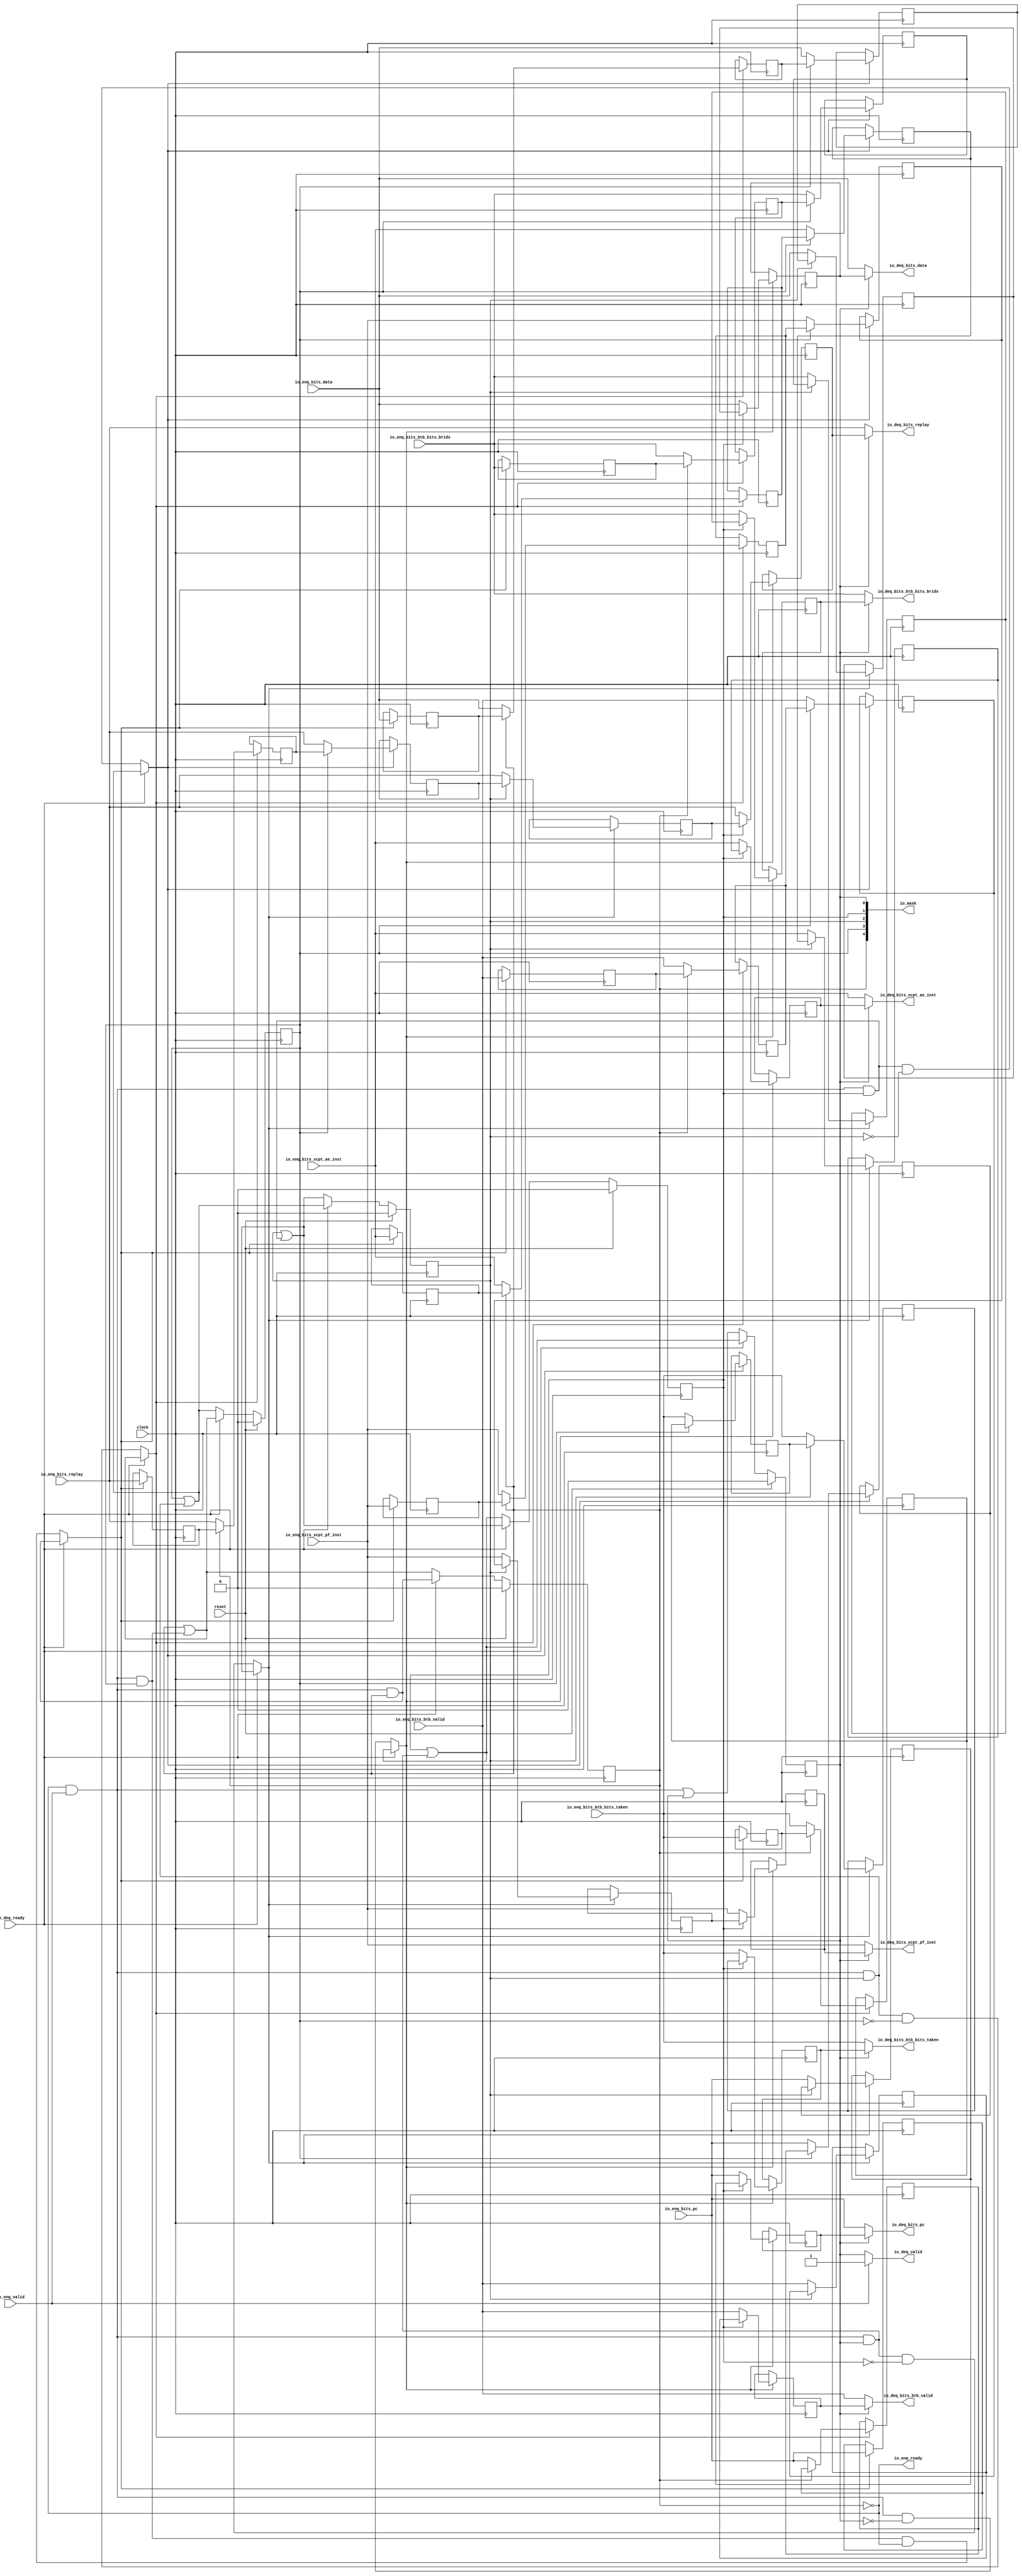
// Copyright (c) 2017, Microsemi Corporation
// All rights reserved.
//
// Redistribution and use in source and binary forms, with or without
// modification, are permitted provided that the following conditions are met:
//     * Redistributions of source code must retain the above copyright
//       notice, this list of conditions and the following disclaimer.
//     * Redistributions in binary form must reproduce the above copyright
//       notice, this list of conditions and the following disclaimer in the
//       documentation and/or other materials provided with the distribution.
//     * Neither the name of the <organization> nor the
//       names of its contributors may be used to endorse or promote products
//       derived from this software without specific prior written permission.
//
// THIS SOFTWARE IS PROVIDED BY THE COPYRIGHT HOLDERS AND CONTRIBUTORS "AS IS" AND
// ANY EXPRESS OR IMPLIED WARRANTIES, INCLUDING, BUT NOT LIMITED TO, THE IMPLIED
// WARRANTIES OF MERCHANTABILITY AND FITNESS FOR A PARTICULAR PURPOSE ARE
// DISCLAIMED. IN NO EVENT SHALL MICROSEMI CORPORATIONM BE LIABLE FOR ANY
// DIRECT, INDIRECT, INCIDENTAL, SPECIAL, EXEMPLARY, OR CONSEQUENTIAL DAMAGES
// (INCLUDING, BUT NOT LIMITED TO, PROCUREMENT OF SUBSTITUTE GOODS OR SERVICES;
// LOSS OF USE, DATA, OR PROFITS; OR BUSINESS INTERRUPTION) HOWEVER CAUSED AND
// ON ANY THEORY OF LIABILITY, WHETHER IN CONTRACT, STRICT LIABILITY, OR TORT
// (INCLUDING NEGLIGENCE OR OTHERWISE) ARISING IN ANY WAY OUT OF THE USE OF THIS
// SOFTWARE, EVEN IF ADVISED OF THE POSSIBILITY OF SUCH DAMAGE.
//
// APACHE LICENSE
// Copyright (c) 2017, Microsemi Corporation 
//
// Licensed under the Apache License, Version 2.0 (the "License");
// you may not use this file except in compliance with the License.
// You may obtain a copy of the License at
//
//    http://www.apache.org/licenses/LICENSE-2.0
//
// Unless required by applicable law or agreed to in writing, software
// distributed under the License is distributed on an "AS IS" BASIS,
// WITHOUT WARRANTIES OR CONDITIONS OF ANY KIND, either express or implied.
// See the License for the specific language governing permissions and
// limitations under the License.
//
// Description:
//
// SVN Revision Information:
// SVN $Revision: $
// SVN $Date: $
//
// Resolved SARs
// SAR      Date     Who   Description
//
// Notes:
//
// ****************************************************************************/
`define RANDOMIZE
`timescale 1ns/10ps
module PROC_SUBSYSTEM_MIV_RV32IMA_L1_AHB_1_MIV_RV32IMA_L1_AHB_SHIFT_QUEUE(
  input         clock,
  input         reset,
  output        io_enq_ready,
  input         io_enq_valid,
  input         io_enq_bits_btb_valid,
  input         io_enq_bits_btb_bits_taken,
  input         io_enq_bits_btb_bits_bridx,
  input  [31:0] io_enq_bits_pc,
  input  [31:0] io_enq_bits_data,
  input         io_enq_bits_xcpt_pf_inst,
  input         io_enq_bits_xcpt_ae_inst,
  input         io_enq_bits_replay,
  input         io_deq_ready,
  output        io_deq_valid,
  output        io_deq_bits_btb_valid,
  output        io_deq_bits_btb_bits_taken,
  output        io_deq_bits_btb_bits_bridx,
  output [31:0] io_deq_bits_pc,
  output [31:0] io_deq_bits_data,
  output        io_deq_bits_xcpt_pf_inst,
  output        io_deq_bits_xcpt_ae_inst,
  output        io_deq_bits_replay,
  output [4:0]  io_mask
);
  reg  valid_0;
  reg [31:0] _RAND_0;
  reg  valid_1;
  reg [31:0] _RAND_1;
  reg  valid_2;
  reg [31:0] _RAND_2;
  reg  valid_3;
  reg [31:0] _RAND_3;
  reg  valid_4;
  reg [31:0] _RAND_4;
  reg  elts_0_btb_valid;
  reg [31:0] _RAND_5;
  reg  elts_0_btb_bits_taken;
  reg [31:0] _RAND_6;
  reg  elts_0_btb_bits_bridx;
  reg [31:0] _RAND_7;
  reg [31:0] elts_0_pc;
  reg [31:0] _RAND_8;
  reg [31:0] elts_0_data;
  reg [31:0] _RAND_9;
  reg  elts_0_xcpt_pf_inst;
  reg [31:0] _RAND_10;
  reg  elts_0_xcpt_ae_inst;
  reg [31:0] _RAND_11;
  reg  elts_0_replay;
  reg [31:0] _RAND_12;
  reg  elts_1_btb_valid;
  reg [31:0] _RAND_13;
  reg  elts_1_btb_bits_taken;
  reg [31:0] _RAND_14;
  reg  elts_1_btb_bits_bridx;
  reg [31:0] _RAND_15;
  reg [31:0] elts_1_pc;
  reg [31:0] _RAND_16;
  reg [31:0] elts_1_data;
  reg [31:0] _RAND_17;
  reg  elts_1_xcpt_pf_inst;
  reg [31:0] _RAND_18;
  reg  elts_1_xcpt_ae_inst;
  reg [31:0] _RAND_19;
  reg  elts_1_replay;
  reg [31:0] _RAND_20;
  reg  elts_2_btb_valid;
  reg [31:0] _RAND_21;
  reg  elts_2_btb_bits_taken;
  reg [31:0] _RAND_22;
  reg  elts_2_btb_bits_bridx;
  reg [31:0] _RAND_23;
  reg [31:0] elts_2_pc;
  reg [31:0] _RAND_24;
  reg [31:0] elts_2_data;
  reg [31:0] _RAND_25;
  reg  elts_2_xcpt_pf_inst;
  reg [31:0] _RAND_26;
  reg  elts_2_xcpt_ae_inst;
  reg [31:0] _RAND_27;
  reg  elts_2_replay;
  reg [31:0] _RAND_28;
  reg  elts_3_btb_valid;
  reg [31:0] _RAND_29;
  reg  elts_3_btb_bits_taken;
  reg [31:0] _RAND_30;
  reg  elts_3_btb_bits_bridx;
  reg [31:0] _RAND_31;
  reg [31:0] elts_3_pc;
  reg [31:0] _RAND_32;
  reg [31:0] elts_3_data;
  reg [31:0] _RAND_33;
  reg  elts_3_xcpt_pf_inst;
  reg [31:0] _RAND_34;
  reg  elts_3_xcpt_ae_inst;
  reg [31:0] _RAND_35;
  reg  elts_3_replay;
  reg [31:0] _RAND_36;
  reg  elts_4_btb_valid;
  reg [31:0] _RAND_37;
  reg  elts_4_btb_bits_taken;
  reg [31:0] _RAND_38;
  reg  elts_4_btb_bits_bridx;
  reg [31:0] _RAND_39;
  reg [31:0] elts_4_pc;
  reg [31:0] _RAND_40;
  reg [31:0] elts_4_data;
  reg [31:0] _RAND_41;
  reg  elts_4_xcpt_pf_inst;
  reg [31:0] _RAND_42;
  reg  elts_4_xcpt_ae_inst;
  reg [31:0] _RAND_43;
  reg  elts_4_replay;
  reg [31:0] _RAND_44;
  wire  _T_143_btb_valid;
  wire  _T_143_btb_bits_taken;
  wire  _T_143_btb_bits_bridx;
  wire [31:0] _T_143_pc;
  wire [31:0] _T_143_data;
  wire  _T_143_xcpt_pf_inst;
  wire  _T_143_xcpt_ae_inst;
  wire  _T_143_replay;
  wire  _T_147;
  wire  _T_148;
  wire  _T_149;
  wire  _T_154;
  wire  _T_155;
  wire  _T_156;
  wire  _GEN_0;
  wire  _GEN_2;
  wire  _GEN_4;
  wire [31:0] _GEN_10;
  wire [31:0] _GEN_11;
  wire  _GEN_13;
  wire  _GEN_14;
  wire  _GEN_15;
  wire  _T_165;
  wire  _T_166;
  wire  _T_167_btb_valid;
  wire  _T_167_btb_bits_taken;
  wire  _T_167_btb_bits_bridx;
  wire [31:0] _T_167_pc;
  wire [31:0] _T_167_data;
  wire  _T_167_xcpt_pf_inst;
  wire  _T_167_xcpt_ae_inst;
  wire  _T_167_replay;
  wire  _T_172;
  wire  _T_173;
  wire  _T_177;
  wire  _T_178;
  wire  _T_179;
  wire  _GEN_16;
  wire  _GEN_18;
  wire  _GEN_20;
  wire [31:0] _GEN_26;
  wire [31:0] _GEN_27;
  wire  _GEN_29;
  wire  _GEN_30;
  wire  _GEN_31;
  wire  _T_187;
  wire  _T_188;
  wire  _T_189_btb_valid;
  wire  _T_189_btb_bits_taken;
  wire  _T_189_btb_bits_bridx;
  wire [31:0] _T_189_pc;
  wire [31:0] _T_189_data;
  wire  _T_189_xcpt_pf_inst;
  wire  _T_189_xcpt_ae_inst;
  wire  _T_189_replay;
  wire  _T_194;
  wire  _T_195;
  wire  _T_199;
  wire  _T_200;
  wire  _T_201;
  wire  _GEN_32;
  wire  _GEN_34;
  wire  _GEN_36;
  wire [31:0] _GEN_42;
  wire [31:0] _GEN_43;
  wire  _GEN_45;
  wire  _GEN_46;
  wire  _GEN_47;
  wire  _T_209;
  wire  _T_210;
  wire  _T_211_btb_valid;
  wire  _T_211_btb_bits_taken;
  wire  _T_211_btb_bits_bridx;
  wire [31:0] _T_211_pc;
  wire [31:0] _T_211_data;
  wire  _T_211_xcpt_pf_inst;
  wire  _T_211_xcpt_ae_inst;
  wire  _T_211_replay;
  wire  _T_216;
  wire  _T_217;
  wire  _T_221;
  wire  _T_222;
  wire  _T_223;
  wire  _GEN_48;
  wire  _GEN_50;
  wire  _GEN_52;
  wire [31:0] _GEN_58;
  wire [31:0] _GEN_59;
  wire  _GEN_61;
  wire  _GEN_62;
  wire  _GEN_63;
  wire  _T_231;
  wire  _T_232;
  wire  _T_235;
  wire  _T_240;
  wire  _T_241;
  wire  _T_242;
  wire  _GEN_64;
  wire  _GEN_66;
  wire  _GEN_68;
  wire [31:0] _GEN_74;
  wire [31:0] _GEN_75;
  wire  _GEN_77;
  wire  _GEN_78;
  wire  _GEN_79;
  wire  _T_251;
  wire  _T_252;
  wire  _GEN_80;
  wire  _GEN_81;
  wire  _GEN_83;
  wire  _GEN_85;
  wire [31:0] _GEN_91;
  wire [31:0] _GEN_92;
  wire  _GEN_94;
  wire  _GEN_95;
  wire  _GEN_96;
  wire [1:0] _T_258;
  wire [1:0] _T_259;
  wire [2:0] _T_260;
  wire [4:0] _T_261;
  assign io_enq_ready = _T_240;
  assign io_deq_valid = _GEN_80;
  assign io_deq_bits_btb_valid = _GEN_81;
  assign io_deq_bits_btb_bits_taken = _GEN_83;
  assign io_deq_bits_btb_bits_bridx = _GEN_85;
  assign io_deq_bits_pc = _GEN_91;
  assign io_deq_bits_data = _GEN_92;
  assign io_deq_bits_xcpt_pf_inst = _GEN_94;
  assign io_deq_bits_xcpt_ae_inst = _GEN_95;
  assign io_deq_bits_replay = _GEN_96;
  assign io_mask = _T_261;
  assign _T_143_btb_valid = valid_1 ? elts_1_btb_valid : io_enq_bits_btb_valid;
  assign _T_143_btb_bits_taken = valid_1 ? elts_1_btb_bits_taken : io_enq_bits_btb_bits_taken;
  assign _T_143_btb_bits_bridx = valid_1 ? elts_1_btb_bits_bridx : io_enq_bits_btb_bits_bridx;
  assign _T_143_pc = valid_1 ? elts_1_pc : io_enq_bits_pc;
  assign _T_143_data = valid_1 ? elts_1_data : io_enq_bits_data;
  assign _T_143_xcpt_pf_inst = valid_1 ? elts_1_xcpt_pf_inst : io_enq_bits_xcpt_pf_inst;
  assign _T_143_xcpt_ae_inst = valid_1 ? elts_1_xcpt_ae_inst : io_enq_bits_xcpt_ae_inst;
  assign _T_143_replay = valid_1 ? elts_1_replay : io_enq_bits_replay;
  assign _T_147 = io_enq_ready & io_enq_valid;
  assign _T_148 = _T_147 & valid_0;
  assign _T_149 = valid_1 | _T_148;
  assign _T_154 = valid_0 == 1'h0;
  assign _T_155 = _T_147 & _T_154;
  assign _T_156 = io_deq_ready ? _T_149 : _T_155;
  assign _GEN_0 = _T_156 ? _T_143_btb_valid : elts_0_btb_valid;
  assign _GEN_2 = _T_156 ? _T_143_btb_bits_taken : elts_0_btb_bits_taken;
  assign _GEN_4 = _T_156 ? _T_143_btb_bits_bridx : elts_0_btb_bits_bridx;
  assign _GEN_10 = _T_156 ? _T_143_pc : elts_0_pc;
  assign _GEN_11 = _T_156 ? _T_143_data : elts_0_data;
  assign _GEN_13 = _T_156 ? _T_143_xcpt_pf_inst : elts_0_xcpt_pf_inst;
  assign _GEN_14 = _T_156 ? _T_143_xcpt_ae_inst : elts_0_xcpt_ae_inst;
  assign _GEN_15 = _T_156 ? _T_143_replay : elts_0_replay;
  assign _T_165 = _T_147 | valid_0;
  assign _T_166 = io_deq_ready ? _T_149 : _T_165;
  assign _T_167_btb_valid = valid_2 ? elts_2_btb_valid : io_enq_bits_btb_valid;
  assign _T_167_btb_bits_taken = valid_2 ? elts_2_btb_bits_taken : io_enq_bits_btb_bits_taken;
  assign _T_167_btb_bits_bridx = valid_2 ? elts_2_btb_bits_bridx : io_enq_bits_btb_bits_bridx;
  assign _T_167_pc = valid_2 ? elts_2_pc : io_enq_bits_pc;
  assign _T_167_data = valid_2 ? elts_2_data : io_enq_bits_data;
  assign _T_167_xcpt_pf_inst = valid_2 ? elts_2_xcpt_pf_inst : io_enq_bits_xcpt_pf_inst;
  assign _T_167_xcpt_ae_inst = valid_2 ? elts_2_xcpt_ae_inst : io_enq_bits_xcpt_ae_inst;
  assign _T_167_replay = valid_2 ? elts_2_replay : io_enq_bits_replay;
  assign _T_172 = _T_147 & valid_1;
  assign _T_173 = valid_2 | _T_172;
  assign _T_177 = valid_1 == 1'h0;
  assign _T_178 = _T_148 & _T_177;
  assign _T_179 = io_deq_ready ? _T_173 : _T_178;
  assign _GEN_16 = _T_179 ? _T_167_btb_valid : elts_1_btb_valid;
  assign _GEN_18 = _T_179 ? _T_167_btb_bits_taken : elts_1_btb_bits_taken;
  assign _GEN_20 = _T_179 ? _T_167_btb_bits_bridx : elts_1_btb_bits_bridx;
  assign _GEN_26 = _T_179 ? _T_167_pc : elts_1_pc;
  assign _GEN_27 = _T_179 ? _T_167_data : elts_1_data;
  assign _GEN_29 = _T_179 ? _T_167_xcpt_pf_inst : elts_1_xcpt_pf_inst;
  assign _GEN_30 = _T_179 ? _T_167_xcpt_ae_inst : elts_1_xcpt_ae_inst;
  assign _GEN_31 = _T_179 ? _T_167_replay : elts_1_replay;
  assign _T_187 = _T_148 | valid_1;
  assign _T_188 = io_deq_ready ? _T_173 : _T_187;
  assign _T_189_btb_valid = valid_3 ? elts_3_btb_valid : io_enq_bits_btb_valid;
  assign _T_189_btb_bits_taken = valid_3 ? elts_3_btb_bits_taken : io_enq_bits_btb_bits_taken;
  assign _T_189_btb_bits_bridx = valid_3 ? elts_3_btb_bits_bridx : io_enq_bits_btb_bits_bridx;
  assign _T_189_pc = valid_3 ? elts_3_pc : io_enq_bits_pc;
  assign _T_189_data = valid_3 ? elts_3_data : io_enq_bits_data;
  assign _T_189_xcpt_pf_inst = valid_3 ? elts_3_xcpt_pf_inst : io_enq_bits_xcpt_pf_inst;
  assign _T_189_xcpt_ae_inst = valid_3 ? elts_3_xcpt_ae_inst : io_enq_bits_xcpt_ae_inst;
  assign _T_189_replay = valid_3 ? elts_3_replay : io_enq_bits_replay;
  assign _T_194 = _T_147 & valid_2;
  assign _T_195 = valid_3 | _T_194;
  assign _T_199 = valid_2 == 1'h0;
  assign _T_200 = _T_172 & _T_199;
  assign _T_201 = io_deq_ready ? _T_195 : _T_200;
  assign _GEN_32 = _T_201 ? _T_189_btb_valid : elts_2_btb_valid;
  assign _GEN_34 = _T_201 ? _T_189_btb_bits_taken : elts_2_btb_bits_taken;
  assign _GEN_36 = _T_201 ? _T_189_btb_bits_bridx : elts_2_btb_bits_bridx;
  assign _GEN_42 = _T_201 ? _T_189_pc : elts_2_pc;
  assign _GEN_43 = _T_201 ? _T_189_data : elts_2_data;
  assign _GEN_45 = _T_201 ? _T_189_xcpt_pf_inst : elts_2_xcpt_pf_inst;
  assign _GEN_46 = _T_201 ? _T_189_xcpt_ae_inst : elts_2_xcpt_ae_inst;
  assign _GEN_47 = _T_201 ? _T_189_replay : elts_2_replay;
  assign _T_209 = _T_172 | valid_2;
  assign _T_210 = io_deq_ready ? _T_195 : _T_209;
  assign _T_211_btb_valid = valid_4 ? elts_4_btb_valid : io_enq_bits_btb_valid;
  assign _T_211_btb_bits_taken = valid_4 ? elts_4_btb_bits_taken : io_enq_bits_btb_bits_taken;
  assign _T_211_btb_bits_bridx = valid_4 ? elts_4_btb_bits_bridx : io_enq_bits_btb_bits_bridx;
  assign _T_211_pc = valid_4 ? elts_4_pc : io_enq_bits_pc;
  assign _T_211_data = valid_4 ? elts_4_data : io_enq_bits_data;
  assign _T_211_xcpt_pf_inst = valid_4 ? elts_4_xcpt_pf_inst : io_enq_bits_xcpt_pf_inst;
  assign _T_211_xcpt_ae_inst = valid_4 ? elts_4_xcpt_ae_inst : io_enq_bits_xcpt_ae_inst;
  assign _T_211_replay = valid_4 ? elts_4_replay : io_enq_bits_replay;
  assign _T_216 = _T_147 & valid_3;
  assign _T_217 = valid_4 | _T_216;
  assign _T_221 = valid_3 == 1'h0;
  assign _T_222 = _T_194 & _T_221;
  assign _T_223 = io_deq_ready ? _T_217 : _T_222;
  assign _GEN_48 = _T_223 ? _T_211_btb_valid : elts_3_btb_valid;
  assign _GEN_50 = _T_223 ? _T_211_btb_bits_taken : elts_3_btb_bits_taken;
  assign _GEN_52 = _T_223 ? _T_211_btb_bits_bridx : elts_3_btb_bits_bridx;
  assign _GEN_58 = _T_223 ? _T_211_pc : elts_3_pc;
  assign _GEN_59 = _T_223 ? _T_211_data : elts_3_data;
  assign _GEN_61 = _T_223 ? _T_211_xcpt_pf_inst : elts_3_xcpt_pf_inst;
  assign _GEN_62 = _T_223 ? _T_211_xcpt_ae_inst : elts_3_xcpt_ae_inst;
  assign _GEN_63 = _T_223 ? _T_211_replay : elts_3_replay;
  assign _T_231 = _T_194 | valid_3;
  assign _T_232 = io_deq_ready ? _T_217 : _T_231;
  assign _T_235 = _T_147 & valid_4;
  assign _T_240 = valid_4 == 1'h0;
  assign _T_241 = _T_216 & _T_240;
  assign _T_242 = io_deq_ready ? _T_235 : _T_241;
  assign _GEN_64 = _T_242 ? io_enq_bits_btb_valid : elts_4_btb_valid;
  assign _GEN_66 = _T_242 ? io_enq_bits_btb_bits_taken : elts_4_btb_bits_taken;
  assign _GEN_68 = _T_242 ? io_enq_bits_btb_bits_bridx : elts_4_btb_bits_bridx;
  assign _GEN_74 = _T_242 ? io_enq_bits_pc : elts_4_pc;
  assign _GEN_75 = _T_242 ? io_enq_bits_data : elts_4_data;
  assign _GEN_77 = _T_242 ? io_enq_bits_xcpt_pf_inst : elts_4_xcpt_pf_inst;
  assign _GEN_78 = _T_242 ? io_enq_bits_xcpt_ae_inst : elts_4_xcpt_ae_inst;
  assign _GEN_79 = _T_242 ? io_enq_bits_replay : elts_4_replay;
  assign _T_251 = _T_216 | valid_4;
  assign _T_252 = io_deq_ready ? _T_235 : _T_251;
  assign _GEN_80 = io_enq_valid ? 1'h1 : valid_0;
  assign _GEN_81 = _T_154 ? io_enq_bits_btb_valid : elts_0_btb_valid;
  assign _GEN_83 = _T_154 ? io_enq_bits_btb_bits_taken : elts_0_btb_bits_taken;
  assign _GEN_85 = _T_154 ? io_enq_bits_btb_bits_bridx : elts_0_btb_bits_bridx;
  assign _GEN_91 = _T_154 ? io_enq_bits_pc : elts_0_pc;
  assign _GEN_92 = _T_154 ? io_enq_bits_data : elts_0_data;
  assign _GEN_94 = _T_154 ? io_enq_bits_xcpt_pf_inst : elts_0_xcpt_pf_inst;
  assign _GEN_95 = _T_154 ? io_enq_bits_xcpt_ae_inst : elts_0_xcpt_ae_inst;
  assign _GEN_96 = _T_154 ? io_enq_bits_replay : elts_0_replay;
  assign _T_258 = {valid_1,valid_0};
  assign _T_259 = {valid_4,valid_3};
  assign _T_260 = {_T_259,valid_2};
  assign _T_261 = {_T_260,_T_258};
`ifdef RANDOMIZE
  integer initvar;
  initial begin
    `ifndef verilator
      #0.002 begin end
    `endif
  `ifdef RANDOMIZE_REG_INIT
  _RAND_0 = {1{$random}};
  valid_0 = _RAND_0[0:0];
  `endif // RANDOMIZE_REG_INIT
  `ifdef RANDOMIZE_REG_INIT
  _RAND_1 = {1{$random}};
  valid_1 = _RAND_1[0:0];
  `endif // RANDOMIZE_REG_INIT
  `ifdef RANDOMIZE_REG_INIT
  _RAND_2 = {1{$random}};
  valid_2 = _RAND_2[0:0];
  `endif // RANDOMIZE_REG_INIT
  `ifdef RANDOMIZE_REG_INIT
  _RAND_3 = {1{$random}};
  valid_3 = _RAND_3[0:0];
  `endif // RANDOMIZE_REG_INIT
  `ifdef RANDOMIZE_REG_INIT
  _RAND_4 = {1{$random}};
  valid_4 = _RAND_4[0:0];
  `endif // RANDOMIZE_REG_INIT
  `ifdef RANDOMIZE_REG_INIT
  _RAND_5 = {1{$random}};
  elts_0_btb_valid = _RAND_5[0:0];
  `endif // RANDOMIZE_REG_INIT
  `ifdef RANDOMIZE_REG_INIT
  _RAND_6 = {1{$random}};
  elts_0_btb_bits_taken = _RAND_6[0:0];
  `endif // RANDOMIZE_REG_INIT
  `ifdef RANDOMIZE_REG_INIT
  _RAND_7 = {1{$random}};
  elts_0_btb_bits_bridx = _RAND_7[0:0];
  `endif // RANDOMIZE_REG_INIT
  `ifdef RANDOMIZE_REG_INIT
  _RAND_8 = {1{$random}};
  elts_0_pc = _RAND_8[31:0];
  `endif // RANDOMIZE_REG_INIT
  `ifdef RANDOMIZE_REG_INIT
  _RAND_9 = {1{$random}};
  elts_0_data = _RAND_9[31:0];
  `endif // RANDOMIZE_REG_INIT
  `ifdef RANDOMIZE_REG_INIT
  _RAND_10 = {1{$random}};
  elts_0_xcpt_pf_inst = _RAND_10[0:0];
  `endif // RANDOMIZE_REG_INIT
  `ifdef RANDOMIZE_REG_INIT
  _RAND_11 = {1{$random}};
  elts_0_xcpt_ae_inst = _RAND_11[0:0];
  `endif // RANDOMIZE_REG_INIT
  `ifdef RANDOMIZE_REG_INIT
  _RAND_12 = {1{$random}};
  elts_0_replay = _RAND_12[0:0];
  `endif // RANDOMIZE_REG_INIT
  `ifdef RANDOMIZE_REG_INIT
  _RAND_13 = {1{$random}};
  elts_1_btb_valid = _RAND_13[0:0];
  `endif // RANDOMIZE_REG_INIT
  `ifdef RANDOMIZE_REG_INIT
  _RAND_14 = {1{$random}};
  elts_1_btb_bits_taken = _RAND_14[0:0];
  `endif // RANDOMIZE_REG_INIT
  `ifdef RANDOMIZE_REG_INIT
  _RAND_15 = {1{$random}};
  elts_1_btb_bits_bridx = _RAND_15[0:0];
  `endif // RANDOMIZE_REG_INIT
  `ifdef RANDOMIZE_REG_INIT
  _RAND_16 = {1{$random}};
  elts_1_pc = _RAND_16[31:0];
  `endif // RANDOMIZE_REG_INIT
  `ifdef RANDOMIZE_REG_INIT
  _RAND_17 = {1{$random}};
  elts_1_data = _RAND_17[31:0];
  `endif // RANDOMIZE_REG_INIT
  `ifdef RANDOMIZE_REG_INIT
  _RAND_18 = {1{$random}};
  elts_1_xcpt_pf_inst = _RAND_18[0:0];
  `endif // RANDOMIZE_REG_INIT
  `ifdef RANDOMIZE_REG_INIT
  _RAND_19 = {1{$random}};
  elts_1_xcpt_ae_inst = _RAND_19[0:0];
  `endif // RANDOMIZE_REG_INIT
  `ifdef RANDOMIZE_REG_INIT
  _RAND_20 = {1{$random}};
  elts_1_replay = _RAND_20[0:0];
  `endif // RANDOMIZE_REG_INIT
  `ifdef RANDOMIZE_REG_INIT
  _RAND_21 = {1{$random}};
  elts_2_btb_valid = _RAND_21[0:0];
  `endif // RANDOMIZE_REG_INIT
  `ifdef RANDOMIZE_REG_INIT
  _RAND_22 = {1{$random}};
  elts_2_btb_bits_taken = _RAND_22[0:0];
  `endif // RANDOMIZE_REG_INIT
  `ifdef RANDOMIZE_REG_INIT
  _RAND_23 = {1{$random}};
  elts_2_btb_bits_bridx = _RAND_23[0:0];
  `endif // RANDOMIZE_REG_INIT
  `ifdef RANDOMIZE_REG_INIT
  _RAND_24 = {1{$random}};
  elts_2_pc = _RAND_24[31:0];
  `endif // RANDOMIZE_REG_INIT
  `ifdef RANDOMIZE_REG_INIT
  _RAND_25 = {1{$random}};
  elts_2_data = _RAND_25[31:0];
  `endif // RANDOMIZE_REG_INIT
  `ifdef RANDOMIZE_REG_INIT
  _RAND_26 = {1{$random}};
  elts_2_xcpt_pf_inst = _RAND_26[0:0];
  `endif // RANDOMIZE_REG_INIT
  `ifdef RANDOMIZE_REG_INIT
  _RAND_27 = {1{$random}};
  elts_2_xcpt_ae_inst = _RAND_27[0:0];
  `endif // RANDOMIZE_REG_INIT
  `ifdef RANDOMIZE_REG_INIT
  _RAND_28 = {1{$random}};
  elts_2_replay = _RAND_28[0:0];
  `endif // RANDOMIZE_REG_INIT
  `ifdef RANDOMIZE_REG_INIT
  _RAND_29 = {1{$random}};
  elts_3_btb_valid = _RAND_29[0:0];
  `endif // RANDOMIZE_REG_INIT
  `ifdef RANDOMIZE_REG_INIT
  _RAND_30 = {1{$random}};
  elts_3_btb_bits_taken = _RAND_30[0:0];
  `endif // RANDOMIZE_REG_INIT
  `ifdef RANDOMIZE_REG_INIT
  _RAND_31 = {1{$random}};
  elts_3_btb_bits_bridx = _RAND_31[0:0];
  `endif // RANDOMIZE_REG_INIT
  `ifdef RANDOMIZE_REG_INIT
  _RAND_32 = {1{$random}};
  elts_3_pc = _RAND_32[31:0];
  `endif // RANDOMIZE_REG_INIT
  `ifdef RANDOMIZE_REG_INIT
  _RAND_33 = {1{$random}};
  elts_3_data = _RAND_33[31:0];
  `endif // RANDOMIZE_REG_INIT
  `ifdef RANDOMIZE_REG_INIT
  _RAND_34 = {1{$random}};
  elts_3_xcpt_pf_inst = _RAND_34[0:0];
  `endif // RANDOMIZE_REG_INIT
  `ifdef RANDOMIZE_REG_INIT
  _RAND_35 = {1{$random}};
  elts_3_xcpt_ae_inst = _RAND_35[0:0];
  `endif // RANDOMIZE_REG_INIT
  `ifdef RANDOMIZE_REG_INIT
  _RAND_36 = {1{$random}};
  elts_3_replay = _RAND_36[0:0];
  `endif // RANDOMIZE_REG_INIT
  `ifdef RANDOMIZE_REG_INIT
  _RAND_37 = {1{$random}};
  elts_4_btb_valid = _RAND_37[0:0];
  `endif // RANDOMIZE_REG_INIT
  `ifdef RANDOMIZE_REG_INIT
  _RAND_38 = {1{$random}};
  elts_4_btb_bits_taken = _RAND_38[0:0];
  `endif // RANDOMIZE_REG_INIT
  `ifdef RANDOMIZE_REG_INIT
  _RAND_39 = {1{$random}};
  elts_4_btb_bits_bridx = _RAND_39[0:0];
  `endif // RANDOMIZE_REG_INIT
  `ifdef RANDOMIZE_REG_INIT
  _RAND_40 = {1{$random}};
  elts_4_pc = _RAND_40[31:0];
  `endif // RANDOMIZE_REG_INIT
  `ifdef RANDOMIZE_REG_INIT
  _RAND_41 = {1{$random}};
  elts_4_data = _RAND_41[31:0];
  `endif // RANDOMIZE_REG_INIT
  `ifdef RANDOMIZE_REG_INIT
  _RAND_42 = {1{$random}};
  elts_4_xcpt_pf_inst = _RAND_42[0:0];
  `endif // RANDOMIZE_REG_INIT
  `ifdef RANDOMIZE_REG_INIT
  _RAND_43 = {1{$random}};
  elts_4_xcpt_ae_inst = _RAND_43[0:0];
  `endif // RANDOMIZE_REG_INIT
  `ifdef RANDOMIZE_REG_INIT
  _RAND_44 = {1{$random}};
  elts_4_replay = _RAND_44[0:0];
  `endif // RANDOMIZE_REG_INIT
  end
`endif // RANDOMIZE
  always @(posedge clock) begin
    if (reset) begin
      valid_0 <= 1'h0;
    end else begin
      if (io_deq_ready) begin
        valid_0 <= _T_149;
      end else begin
        valid_0 <= _T_165;
      end
    end
    if (reset) begin
      valid_1 <= 1'h0;
    end else begin
      if (io_deq_ready) begin
        valid_1 <= _T_173;
      end else begin
        valid_1 <= _T_187;
      end
    end
    if (reset) begin
      valid_2 <= 1'h0;
    end else begin
      if (io_deq_ready) begin
        valid_2 <= _T_195;
      end else begin
        valid_2 <= _T_209;
      end
    end
    if (reset) begin
      valid_3 <= 1'h0;
    end else begin
      if (io_deq_ready) begin
        valid_3 <= _T_217;
      end else begin
        valid_3 <= _T_231;
      end
    end
    if (reset) begin
      valid_4 <= 1'h0;
    end else begin
      if (io_deq_ready) begin
        valid_4 <= _T_235;
      end else begin
        valid_4 <= _T_251;
      end
    end
    if (_T_156) begin
      if (valid_1) begin
        elts_0_btb_valid <= elts_1_btb_valid;
      end else begin
        elts_0_btb_valid <= io_enq_bits_btb_valid;
      end
    end
    if (_T_156) begin
      if (valid_1) begin
        elts_0_btb_bits_taken <= elts_1_btb_bits_taken;
      end else begin
        elts_0_btb_bits_taken <= io_enq_bits_btb_bits_taken;
      end
    end
    if (_T_156) begin
      if (valid_1) begin
        elts_0_btb_bits_bridx <= elts_1_btb_bits_bridx;
      end else begin
        elts_0_btb_bits_bridx <= io_enq_bits_btb_bits_bridx;
      end
    end
    if (_T_156) begin
      if (valid_1) begin
        elts_0_pc <= elts_1_pc;
      end else begin
        elts_0_pc <= io_enq_bits_pc;
      end
    end
    if (_T_156) begin
      if (valid_1) begin
        elts_0_data <= elts_1_data;
      end else begin
        elts_0_data <= io_enq_bits_data;
      end
    end
    if (_T_156) begin
      if (valid_1) begin
        elts_0_xcpt_pf_inst <= elts_1_xcpt_pf_inst;
      end else begin
        elts_0_xcpt_pf_inst <= io_enq_bits_xcpt_pf_inst;
      end
    end
    if (_T_156) begin
      if (valid_1) begin
        elts_0_xcpt_ae_inst <= elts_1_xcpt_ae_inst;
      end else begin
        elts_0_xcpt_ae_inst <= io_enq_bits_xcpt_ae_inst;
      end
    end
    if (_T_156) begin
      if (valid_1) begin
        elts_0_replay <= elts_1_replay;
      end else begin
        elts_0_replay <= io_enq_bits_replay;
      end
    end
    if (_T_179) begin
      if (valid_2) begin
        elts_1_btb_valid <= elts_2_btb_valid;
      end else begin
        elts_1_btb_valid <= io_enq_bits_btb_valid;
      end
    end
    if (_T_179) begin
      if (valid_2) begin
        elts_1_btb_bits_taken <= elts_2_btb_bits_taken;
      end else begin
        elts_1_btb_bits_taken <= io_enq_bits_btb_bits_taken;
      end
    end
    if (_T_179) begin
      if (valid_2) begin
        elts_1_btb_bits_bridx <= elts_2_btb_bits_bridx;
      end else begin
        elts_1_btb_bits_bridx <= io_enq_bits_btb_bits_bridx;
      end
    end
    if (_T_179) begin
      if (valid_2) begin
        elts_1_pc <= elts_2_pc;
      end else begin
        elts_1_pc <= io_enq_bits_pc;
      end
    end
    if (_T_179) begin
      if (valid_2) begin
        elts_1_data <= elts_2_data;
      end else begin
        elts_1_data <= io_enq_bits_data;
      end
    end
    if (_T_179) begin
      if (valid_2) begin
        elts_1_xcpt_pf_inst <= elts_2_xcpt_pf_inst;
      end else begin
        elts_1_xcpt_pf_inst <= io_enq_bits_xcpt_pf_inst;
      end
    end
    if (_T_179) begin
      if (valid_2) begin
        elts_1_xcpt_ae_inst <= elts_2_xcpt_ae_inst;
      end else begin
        elts_1_xcpt_ae_inst <= io_enq_bits_xcpt_ae_inst;
      end
    end
    if (_T_179) begin
      if (valid_2) begin
        elts_1_replay <= elts_2_replay;
      end else begin
        elts_1_replay <= io_enq_bits_replay;
      end
    end
    if (_T_201) begin
      if (valid_3) begin
        elts_2_btb_valid <= elts_3_btb_valid;
      end else begin
        elts_2_btb_valid <= io_enq_bits_btb_valid;
      end
    end
    if (_T_201) begin
      if (valid_3) begin
        elts_2_btb_bits_taken <= elts_3_btb_bits_taken;
      end else begin
        elts_2_btb_bits_taken <= io_enq_bits_btb_bits_taken;
      end
    end
    if (_T_201) begin
      if (valid_3) begin
        elts_2_btb_bits_bridx <= elts_3_btb_bits_bridx;
      end else begin
        elts_2_btb_bits_bridx <= io_enq_bits_btb_bits_bridx;
      end
    end
    if (_T_201) begin
      if (valid_3) begin
        elts_2_pc <= elts_3_pc;
      end else begin
        elts_2_pc <= io_enq_bits_pc;
      end
    end
    if (_T_201) begin
      if (valid_3) begin
        elts_2_data <= elts_3_data;
      end else begin
        elts_2_data <= io_enq_bits_data;
      end
    end
    if (_T_201) begin
      if (valid_3) begin
        elts_2_xcpt_pf_inst <= elts_3_xcpt_pf_inst;
      end else begin
        elts_2_xcpt_pf_inst <= io_enq_bits_xcpt_pf_inst;
      end
    end
    if (_T_201) begin
      if (valid_3) begin
        elts_2_xcpt_ae_inst <= elts_3_xcpt_ae_inst;
      end else begin
        elts_2_xcpt_ae_inst <= io_enq_bits_xcpt_ae_inst;
      end
    end
    if (_T_201) begin
      if (valid_3) begin
        elts_2_replay <= elts_3_replay;
      end else begin
        elts_2_replay <= io_enq_bits_replay;
      end
    end
    if (_T_223) begin
      if (valid_4) begin
        elts_3_btb_valid <= elts_4_btb_valid;
      end else begin
        elts_3_btb_valid <= io_enq_bits_btb_valid;
      end
    end
    if (_T_223) begin
      if (valid_4) begin
        elts_3_btb_bits_taken <= elts_4_btb_bits_taken;
      end else begin
        elts_3_btb_bits_taken <= io_enq_bits_btb_bits_taken;
      end
    end
    if (_T_223) begin
      if (valid_4) begin
        elts_3_btb_bits_bridx <= elts_4_btb_bits_bridx;
      end else begin
        elts_3_btb_bits_bridx <= io_enq_bits_btb_bits_bridx;
      end
    end
    if (_T_223) begin
      if (valid_4) begin
        elts_3_pc <= elts_4_pc;
      end else begin
        elts_3_pc <= io_enq_bits_pc;
      end
    end
    if (_T_223) begin
      if (valid_4) begin
        elts_3_data <= elts_4_data;
      end else begin
        elts_3_data <= io_enq_bits_data;
      end
    end
    if (_T_223) begin
      if (valid_4) begin
        elts_3_xcpt_pf_inst <= elts_4_xcpt_pf_inst;
      end else begin
        elts_3_xcpt_pf_inst <= io_enq_bits_xcpt_pf_inst;
      end
    end
    if (_T_223) begin
      if (valid_4) begin
        elts_3_xcpt_ae_inst <= elts_4_xcpt_ae_inst;
      end else begin
        elts_3_xcpt_ae_inst <= io_enq_bits_xcpt_ae_inst;
      end
    end
    if (_T_223) begin
      if (valid_4) begin
        elts_3_replay <= elts_4_replay;
      end else begin
        elts_3_replay <= io_enq_bits_replay;
      end
    end
    if (_T_242) begin
      elts_4_btb_valid <= io_enq_bits_btb_valid;
    end
    if (_T_242) begin
      elts_4_btb_bits_taken <= io_enq_bits_btb_bits_taken;
    end
    if (_T_242) begin
      elts_4_btb_bits_bridx <= io_enq_bits_btb_bits_bridx;
    end
    if (_T_242) begin
      elts_4_pc <= io_enq_bits_pc;
    end
    if (_T_242) begin
      elts_4_data <= io_enq_bits_data;
    end
    if (_T_242) begin
      elts_4_xcpt_pf_inst <= io_enq_bits_xcpt_pf_inst;
    end
    if (_T_242) begin
      elts_4_xcpt_ae_inst <= io_enq_bits_xcpt_ae_inst;
    end
    if (_T_242) begin
      elts_4_replay <= io_enq_bits_replay;
    end
  end
endmodule